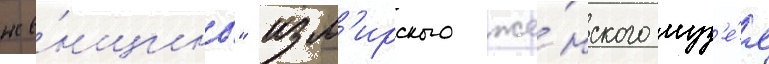
же́нщины" изм'ирского же́нского муз'е́я